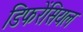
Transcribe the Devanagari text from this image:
डिफरेंसियल